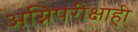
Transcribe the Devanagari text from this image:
अग्निपरीक्षाही